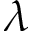
\lambda